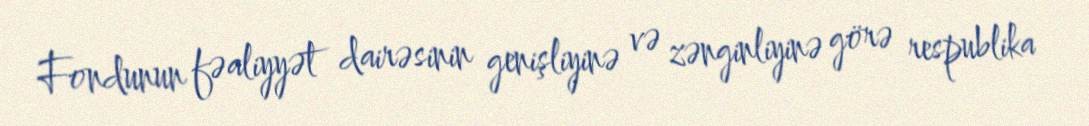
Fondunun fəaliyyət dairəsinin genişliyinə və zənginliyinə görə respublika